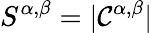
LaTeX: \displaystyle S^{\alpha,\beta}=|\mathcal{C}^{\alpha,\beta}|